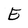
Character: E